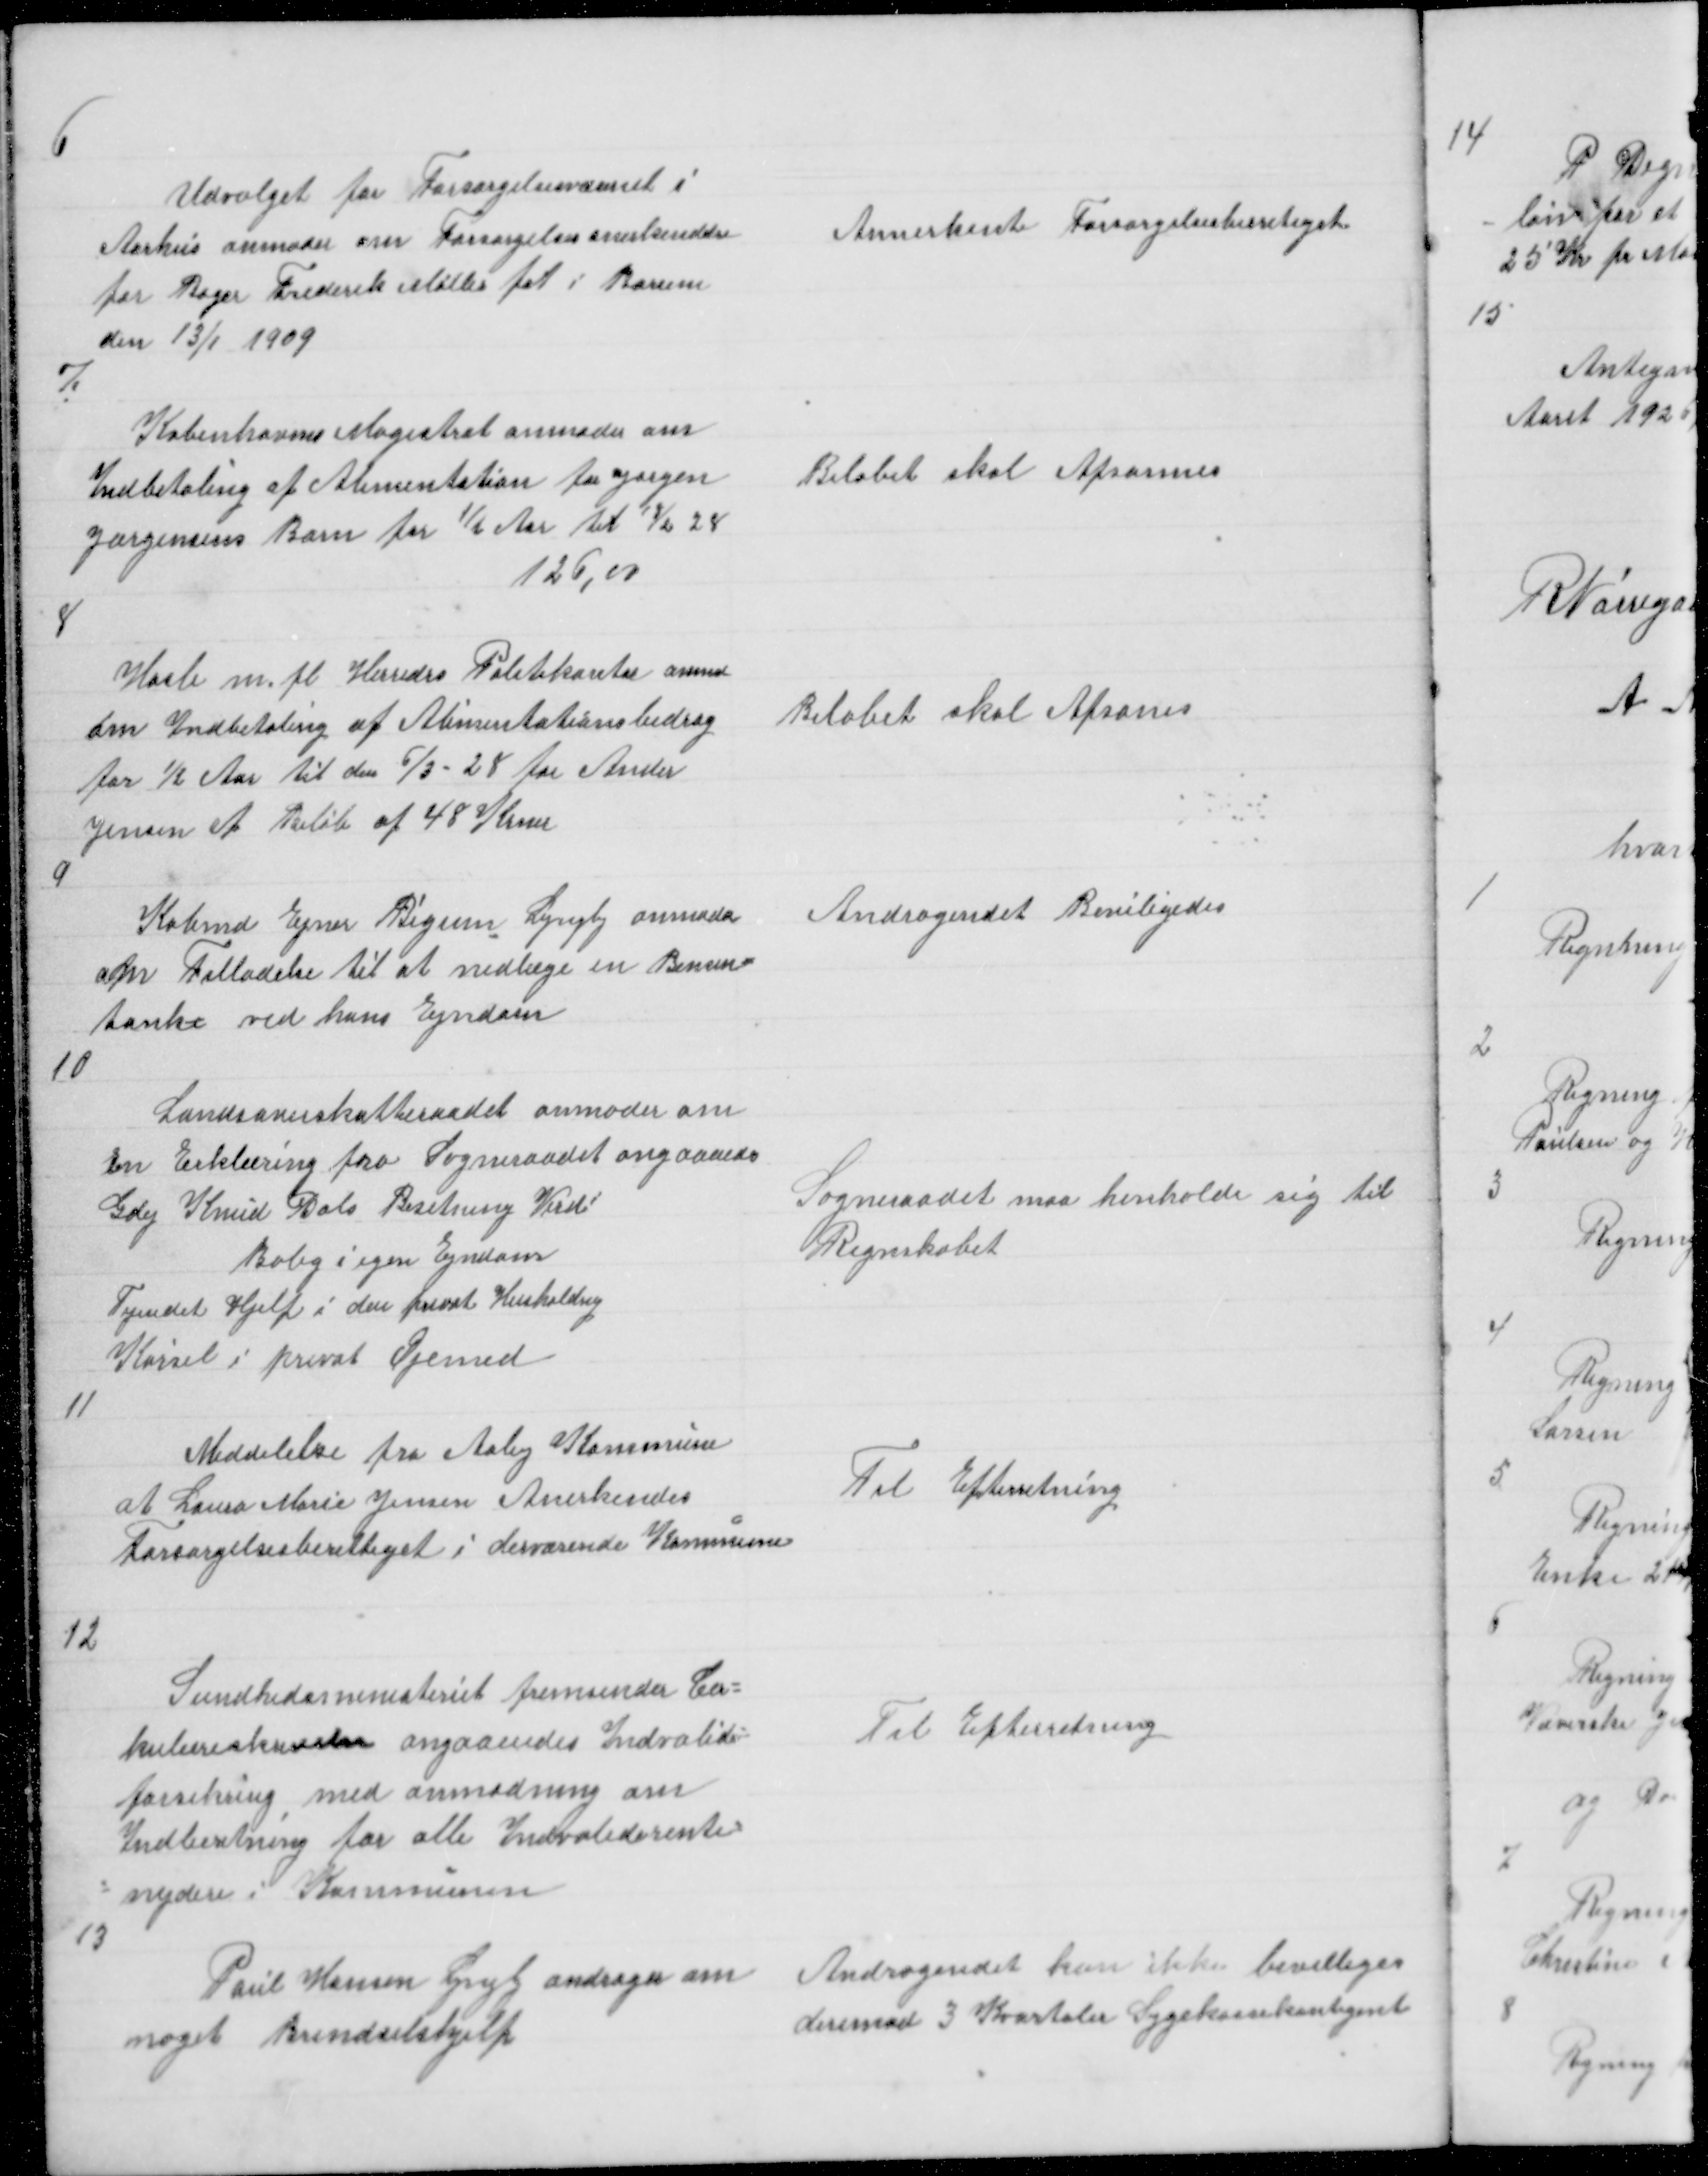
Transskription:
6

Udvalget for Forsørgelsesvæsenet i
Aarhus anmoder om Forsørgelsesanerkendelse
for Bager Frederik Møller føt i Borum
den 13/1 1909

Annerkent Forsørgelsesberetiget

7

Københavns Magistrat anmoder om
Indbetaling af Alimentation for Jørgen
Jørgensens Barn for ½ Aar til 13/2 28
126,00

Beløbet skal Afsones

8

Hasle m. fl Herreders Politikontor anmoder
om Indbetaling af Alimentationsbidrag
for ½ Aar til den 6/3 - 28 for Ander
Jensen et Beløb af 48 Krner

Beløbet skal Afsones

9

Købmd Ejner Bigum Lyngby anmoder
om Tilladelse til at nedlæge en Bensin =
tank ved hans Ejndom

Andragendet Beviligedes

10

Landsoverskatteraadet anmoder om
En Erklæring fra Sogneraadet angaaendes
Gdej Knud Dals Besetning Verdi
Bolig i egen Ejndom
Tyendet Hjelp i den privat Husholdng
Kørsel i privat Øjemed

Sogneraadet maa henholde sig til
Regnskabet

11

Meddelelse fra Aaby Kommune
at Laura Marie Jensen Anerkendes
Forsørgelsesberettiget i derværende Kommune

Til Efterretning

12

Sundhedsministeriet fremsender Cir =
kulæreskrivelse angaaendes Indvalide =
forsikring med Anmodning om
Indberetning for alle Indvaliderente =
= nydere i Kommunen
13

Til Efterretning

Poul Hansen Lyngby andrager om
noget Brendselshjelp

Andragendet kan ikke bevilliges
derimod 3 Kvartaler Sygekassekontigent